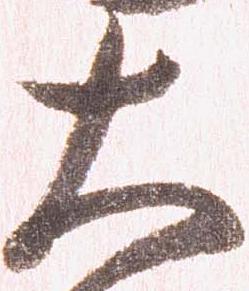
大